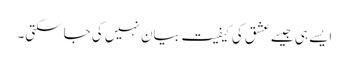
ایسے ہی جیسے عشق کی کیفیت بیان نہیں کی جاسکتی۔